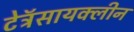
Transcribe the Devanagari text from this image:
टेट्रॅसायक्लीन